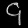
Digit: ၄